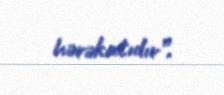
hərəkatıdır”.